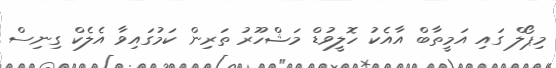
މިޕޯލް ގައި އަމީތާބް އާއެކު ހޮލީވުޑް މަޝްހޫރު ތަރިން ކަމުގައިވާ އެލެކް ގިނިސް